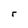
Character: r